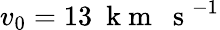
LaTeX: v_{0}=13~\mathrm{~k~m~~~s~}^{-1}